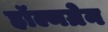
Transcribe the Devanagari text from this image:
हॉल्मग्रेन